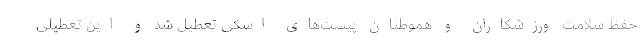
حفظ سلامت ورزشکاران و هموطنان پیست‌های اسکی تعطیل شد و این تعطیلی